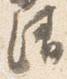
清